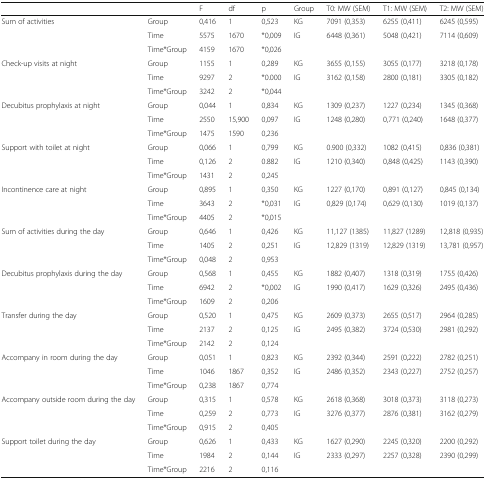
<table><thead><tr><td></td><td></td><td><b>F</b></td><td><b>df</b></td><td><b>p</b></td><td><b>Group</b></td><td><b>T0: MW (SEM)</b></td><td><b>T1: MW (SEM)</b></td><td><b>T2: MW (SEM)</b></td></tr></thead><tbody><tr><td rowspan="3">Sum of activities</td><td>Group</td><td>0,416</td><td>1</td><td>0,523</td><td>KG</td><td>7091 (0,353)</td><td>6255 (0,411)</td><td>6245 (0,595)</td></tr><tr><td>Time</td><td>5575</td><td>1670</td><td>*0,009</td><td>IG</td><td>6448 (0,361)</td><td>5048 (0,421)</td><td>7114 (0,609)</td></tr><tr><td>Time*Group</td><td>4159</td><td>1670</td><td>*0,026</td><td></td><td></td><td></td><td></td></tr><tr><td rowspan="3">Check-up visits at night</td><td>Group</td><td>1155</td><td>1</td><td>0,289</td><td>KG</td><td>3655 (0,155)</td><td>3055 (0,177)</td><td>3218 (0,178)</td></tr><tr><td>Time</td><td>9297</td><td>2</td><td>*0.000</td><td>IG</td><td>3162 (0,158)</td><td>2800 (0,181)</td><td>3305 (0,182)</td></tr><tr><td>Time*Group</td><td>3242</td><td>2</td><td>*0,044</td><td></td><td></td><td></td><td></td></tr><tr><td rowspan="3">Decubitus prophylaxis at night</td><td>Group</td><td>0,044</td><td>1</td><td>0,834</td><td>KG</td><td>1309 (0,237)</td><td>1227 (0,234)</td><td>1345 (0,368)</td></tr><tr><td>Time</td><td>2550</td><td>15,900</td><td>0,097</td><td>IG</td><td>1248 (0,280)</td><td>0,771 (0,240)</td><td>1648 (0,377)</td></tr><tr><td>Time*Group</td><td>1475</td><td>1590</td><td>0,236</td><td></td><td></td><td></td><td></td></tr><tr><td rowspan="3">Support with toilet at night</td><td>Group</td><td>0,066</td><td>1</td><td>0,799</td><td>KG</td><td>0.900 (0,332)</td><td>1082 (0,415)</td><td>0,836 (0,381)</td></tr><tr><td>Time</td><td>0,126</td><td>2</td><td>0.882</td><td>IG</td><td>1210 (0,340)</td><td>0,848 (0,425)</td><td>1143 (0,390)</td></tr><tr><td>Time*Group</td><td>1431</td><td>2</td><td>0,245</td><td></td><td></td><td></td><td></td></tr><tr><td rowspan="3">Incontinence care at night</td><td>Group</td><td>0,895</td><td>1</td><td>0,350</td><td>KG</td><td>1227 (0,170)</td><td>0,891 (0,127)</td><td>0,845 (0,134)</td></tr><tr><td>Time</td><td>3643</td><td>2</td><td>*0,031</td><td>IG</td><td>0,829 (0,174)</td><td>0,629 (0,130)</td><td>1019 (0,137)</td></tr><tr><td>Time*Group</td><td>4405</td><td>2</td><td>*0,015</td><td></td><td></td><td></td><td></td></tr><tr><td rowspan="3">Sum of activities during the day</td><td>Group</td><td>0,646</td><td>1</td><td>0,426</td><td>KG</td><td>11,127 (1385)</td><td>11,827 (1289)</td><td>12,818 (0,935)</td></tr><tr><td>Time</td><td>1405</td><td>2</td><td>0,251</td><td>IG</td><td>12,829 (1319)</td><td>12,829 (1319)</td><td>13,781 (0,957)</td></tr><tr><td>Time*Group</td><td>0,048</td><td>2</td><td>0,953</td><td></td><td></td><td></td><td></td></tr><tr><td rowspan="3">Decubitus prophylaxis during the day</td><td>Group</td><td>0,568</td><td>1</td><td>0,455</td><td>KG</td><td>1882 (0,407)</td><td>1318 (0,319)</td><td>1755 (0,426)</td></tr><tr><td>Time</td><td>6942</td><td>2</td><td>*0,002</td><td>IG</td><td>1990 (0,417)</td><td>1629 (0,326)</td><td>2495 (0,436)</td></tr><tr><td>Time*Group</td><td>1609</td><td>2</td><td>0,206</td><td></td><td></td><td></td><td></td></tr><tr><td rowspan="3">Transfer during the day</td><td>Group</td><td>0,520</td><td>1</td><td>0,475</td><td>KG</td><td>2609 (0,373)</td><td>2655 (0,517)</td><td>2964 (0,285)</td></tr><tr><td>Time</td><td>2137</td><td>2</td><td>0,125</td><td>IG</td><td>2495 (0,382)</td><td>3724 (0,530)</td><td>2981 (0,292)</td></tr><tr><td>Time*Group</td><td>2142</td><td>2</td><td>0,124</td><td></td><td></td><td></td><td></td></tr><tr><td rowspan="3">Accompany in room during the day</td><td>Group</td><td>0,051</td><td>1</td><td>0,823</td><td>KG</td><td>2392 (0,344)</td><td>2591 (0,222)</td><td>2782 (0,251)</td></tr><tr><td>Time</td><td>1046</td><td>1867</td><td>0,352</td><td>IG</td><td>2486 (0,352)</td><td>2343 (0,227)</td><td>2752 (0,257)</td></tr><tr><td>Time*Group</td><td>0,238</td><td>1867</td><td>0,774</td><td></td><td></td><td></td><td></td></tr><tr><td rowspan="3">Accompany outside room during the day</td><td>Group</td><td>0,315</td><td>1</td><td>0,578</td><td>KG</td><td>2618 (0,368)</td><td>3018 (0,373)</td><td>3118 (0,273)</td></tr><tr><td>Time</td><td>0,259</td><td>2</td><td>0,773</td><td>IG</td><td>3276 (0,377)</td><td>2876 (0,381)</td><td>3162 (0,279)</td></tr><tr><td>Time*Group</td><td>0,915</td><td>2</td><td>0,405</td><td></td><td></td><td></td><td></td></tr><tr><td rowspan="3">Support toilet during the day</td><td>Group</td><td>0,626</td><td>1</td><td>0,433</td><td>KG</td><td>1627 (0,290)</td><td>2245 (0,320)</td><td>2200 (0,292)</td></tr><tr><td>Time</td><td>1984</td><td>2</td><td>0,144</td><td>IG</td><td>2333 (0,297)</td><td>2257 (0,328)</td><td>2390 (0,299)</td></tr><tr><td>Time*Group</td><td>2216</td><td>2</td><td>0,116</td><td></td><td></td><td></td><td></td></tr></tbody></table>